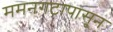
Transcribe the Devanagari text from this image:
ममनगटापासून